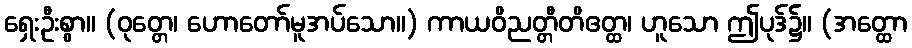
ရှေးဦးစွာ။ (ဝုတ္တေ၊ ဟောတော်မူအပ်သော။) ကာယဝိညတ္တီတိဧတ္ထ၊ ဟူသော ဤပုဒ်၌။ (အတ္ထော